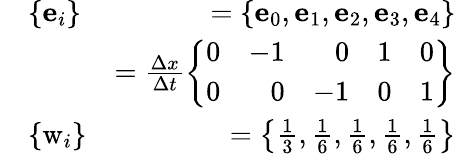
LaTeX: \begin{array}{rlr}&{\{ \mathbf{e}_{i}\} }&{={\left\{ \mathbf{e}_{0},\mathbf{e}_{1},\mathbf{e}_{2},\mathbf{e}_{3},\mathbf{e}_{4}\right\} }}\\ &{}&{=\frac{\Delta x}{\Delta t}\left\{ \begin{array}{rrrrr}{0}&{-1}&{0}&{1}&{0}\\ {0}&{0}&{-1}&{0}&{1}\end{array}\right\} }\\ &{\{ \mathrm{w}_{i}\} }&{={\left\{ \frac{1}{3},\frac{1}{6},\frac{1}{6},\frac{1}{6},\frac{1}{6}\right\} }}\end{array}